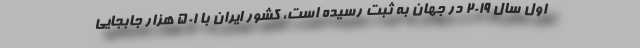
اول سال ۲۰۱۹ در جهان به ثبت رسیده است، کشور ایران با ۵۰۱ هزار جابجایی